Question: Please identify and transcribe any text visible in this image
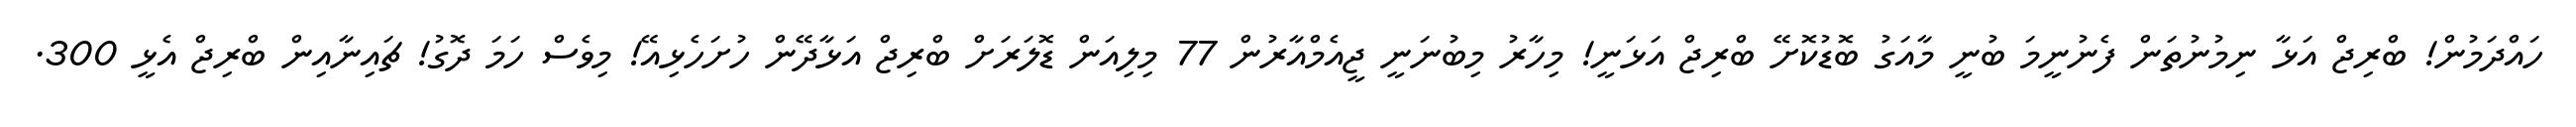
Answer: ހައްދަމުން! ބްރިޖް އަޅާ ނިމުނުތަން ފެނުނީމަ ބުނީ މާއަގު ބޮޑުކޮށޭ ބްރިޖް އަޅަނީ! މިހާރު މިބުނަނީ ޖީއެމްއާރުން 77 މިލިއަން ޑޮލަރަށް ބްރިޖް އަޅާދޭން ހުށަހެޅިއޭ! މިވެސް ހަމަ ދޮގު! ޗައިނާއިން ބްރިޖް އެޅީ 300.